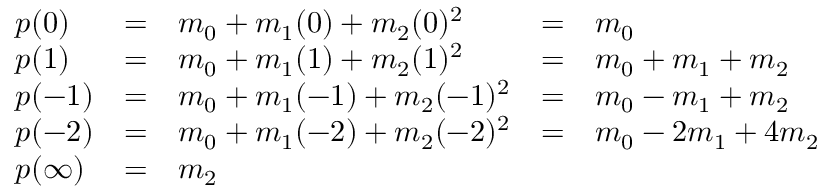
{ \begin{array} { l r l r l } { p ( 0 ) } & { = } & { m _ { 0 } + m _ { 1 } ( 0 ) + m _ { 2 } ( 0 ) ^ { 2 } } & { = } & { m _ { 0 } } \\ { p ( 1 ) } & { = } & { m _ { 0 } + m _ { 1 } ( 1 ) + m _ { 2 } ( 1 ) ^ { 2 } } & { = } & { m _ { 0 } + m _ { 1 } + m _ { 2 } } \\ { p ( - 1 ) } & { = } & { m _ { 0 } + m _ { 1 } ( - 1 ) + m _ { 2 } ( - 1 ) ^ { 2 } } & { = } & { m _ { 0 } - m _ { 1 } + m _ { 2 } } \\ { p ( - 2 ) } & { = } & { m _ { 0 } + m _ { 1 } ( - 2 ) + m _ { 2 } ( - 2 ) ^ { 2 } } & { = } & { m _ { 0 } - 2 m _ { 1 } + 4 m _ { 2 } } \\ { p ( \infty ) } & { = } & { m _ { 2 } } & & \end{array} }